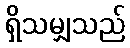
ရှိသမျှသည်